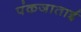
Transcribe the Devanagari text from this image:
पंकजाताई